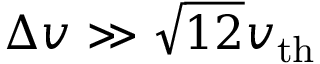
\Delta v \gg \sqrt { 1 2 } v _ { \mathrm { t h } }